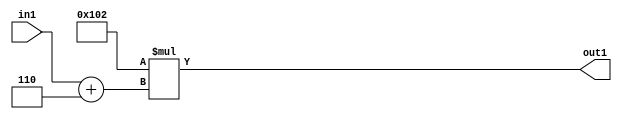
`timescale 1ps / 1ps
/*****************************************************************************
    Verilog RTL Description
    
    
    Created by: Stratus DpOpt 2019.1.01 
*******************************************************************************/

module DC_Filter_Mul2i258Add2i6u2_4 (
	in1,
	out1
	); /* architecture "behavioural" */ 
input [1:0] in1;
output [11:0] out1;
wire [11:0] asc001;
wire [3:0] asc002;

assign asc002 = 
	+(in1)
	+(4'B0110);

assign asc001 = 
	+(12'B000100000010 * asc002);

assign out1 = asc001;
endmodule

/* CADENCE  ubTwTQ0= : u9/ySgnWtBlWxVPRXgAZ4Og= ** DO NOT EDIT THIS LINE ******/